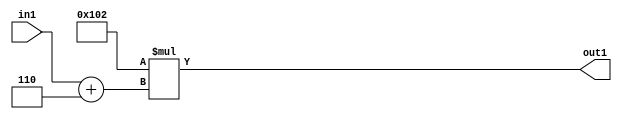
`timescale 1ps / 1ps
/*****************************************************************************
    Verilog RTL Description
    
    
    Created by: Stratus DpOpt 2019.1.01 
*******************************************************************************/

module DC_Filter_Mul2i258Add2i6u2_4 (
	in1,
	out1
	); /* architecture "behavioural" */ 
input [1:0] in1;
output [11:0] out1;
wire [11:0] asc001;
wire [3:0] asc002;

assign asc002 = 
	+(in1)
	+(4'B0110);

assign asc001 = 
	+(12'B000100000010 * asc002);

assign out1 = asc001;
endmodule

/* CADENCE  ubTwTQ0= : u9/ySgnWtBlWxVPRXgAZ4Og= ** DO NOT EDIT THIS LINE ******/